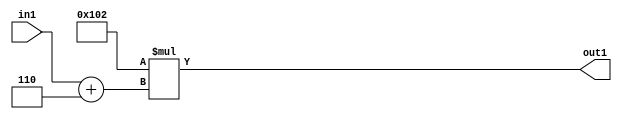
`timescale 1ps / 1ps
/*****************************************************************************
    Verilog RTL Description
    
    
    Created by: Stratus DpOpt 2019.1.01 
*******************************************************************************/

module DC_Filter_Mul2i258Add2i6u2_4 (
	in1,
	out1
	); /* architecture "behavioural" */ 
input [1:0] in1;
output [11:0] out1;
wire [11:0] asc001;
wire [3:0] asc002;

assign asc002 = 
	+(in1)
	+(4'B0110);

assign asc001 = 
	+(12'B000100000010 * asc002);

assign out1 = asc001;
endmodule

/* CADENCE  ubTwTQ0= : u9/ySgnWtBlWxVPRXgAZ4Og= ** DO NOT EDIT THIS LINE ******/